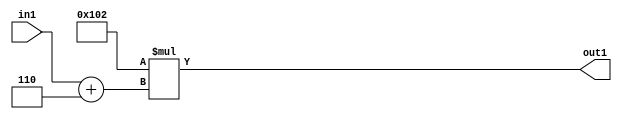
`timescale 1ps / 1ps
/*****************************************************************************
    Verilog RTL Description
    
    
    Created by: Stratus DpOpt 2019.1.01 
*******************************************************************************/

module DC_Filter_Mul2i258Add2i6u2_4 (
	in1,
	out1
	); /* architecture "behavioural" */ 
input [1:0] in1;
output [11:0] out1;
wire [11:0] asc001;
wire [3:0] asc002;

assign asc002 = 
	+(in1)
	+(4'B0110);

assign asc001 = 
	+(12'B000100000010 * asc002);

assign out1 = asc001;
endmodule

/* CADENCE  ubTwTQ0= : u9/ySgnWtBlWxVPRXgAZ4Og= ** DO NOT EDIT THIS LINE ******/